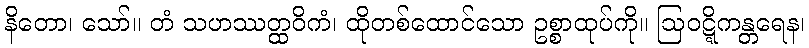
နိတော၊ သော်။ တံ သဟဿတ္ထဝိကံ၊ ထိုတစ်ထောင်သော ဥစ္စာထုပ်ကို။ ဩဝဋ္ဋိကန္တရေန၊